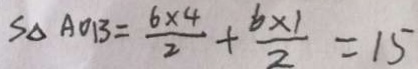
S _ { \Delta } A O B = \frac { 6 \times 4 } { 2 } + \frac { b \times 1 } { 2 } = 1 5